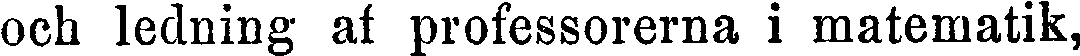
och ledning af professorerna i matematik,